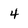
Character: 4